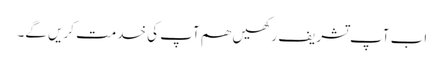
اب آپ تشریف رکھیں ھم آپ کی خدمت کریں گے۔